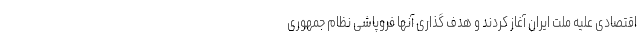
اقتصادی علیه ملت ایران آغاز کردند و هدف گذاری آنها فروپاشی نظام جمهوری